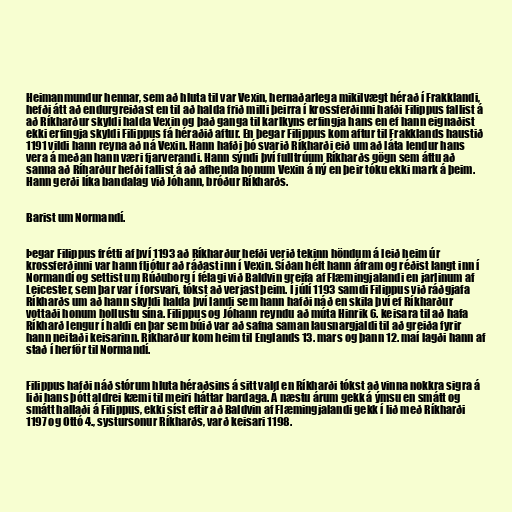
Heimanmundur hennar, sem að hluta til var Vexin, hernaðarlega mikilvægt hérað í Frakklandi,
hefði átt að endurgreiðast en til að halda frið milli þeirra í krossferðinni hafði Filippus fallist á
að Ríkharður skyldi halda Vexin og það ganga til karlkyns erfingja hans en ef hann eignaðist
ekki erfingja skyldi Filippus fá héraðið aftur. En þegar Filippus kom aftur til Frakklands haustið
1191 vildi hann reyna að ná Vexin. Hann hafði þó svarið Ríkharði eið um að láta lendur hans
vera á meðan hann væri fjarverandi. Hann sýndi því fulltrúum Ríkharðs gögn sem áttu að
sanna að Ríharður hefði fallist á að afhenda honum Vexin á ný en þeir tóku ekki mark á þeim.
Hann gerði líka bandalag við Jóhann, bróður Ríkharðs.

Barist um Normandí.

Þegar Filippus frétti af því 1193 að Ríkharður hefði verið tekinn höndum á leið heim úr
krossferðinni var hann fljótur að ráðast inn í Vexin. Síðan hélt hann áfram og réðist langt inn í
Normandí og settist um Rúðuborg í félagi við Baldvin greifa af Flæmingjalandi en jarlinum af
Leicester, sem þar var í forsvari, tókst að verjast þeim. Í júlí 1193 samdi Filippus við ráðgjafa
Ríkharðs um að hann skyldi halda því landi sem hann hafði náð en skila því ef Ríkharður
vottaði honum hollustu sína. Filippus og Jóhann reyndu að múta Hinrik 6. keisara til að hafa
Ríkharð lengur í haldi en þar sem búið var að safna saman lausnargjaldi til að greiða fyrir
hann neitaði keisarinn. Ríkharður kom heim til Englands 13. mars og þann 12. maí lagði hann af
stað í herför til Normandí.

Filippus hafði náð stórum hluta héraðsins á sitt vald en Ríkharði tókst að vinna nokkra sigra á
liði hans þótt aldrei kæmi til meiri háttar bardaga. Á næstu árum gekk á ýmsu en smátt og
smátt hallaði á Filippus, ekki síst eftir að Baldvin af Flæmingjalandi gekk í lið með Ríkharði
1197 og Ottó 4., systursonur Ríkharðs, varð keisari 1198.